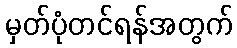
မှတ်ပုံတင်ရန်အတွက်